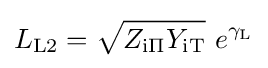
L_{\mathrm {L2} }={\sqrt {Z_{\mathrm {i\Pi } }Y_{\mathrm {iT} }}}\ e^{\gamma _{\mathrm {L} }}